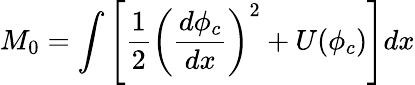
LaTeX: M_{0}=\int\left[\frac{1}{2}\left(\frac{d\phi_{c}}{dx}\right)^{2}+U(\phi_{c})\right]dx